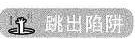
跳出陷阱